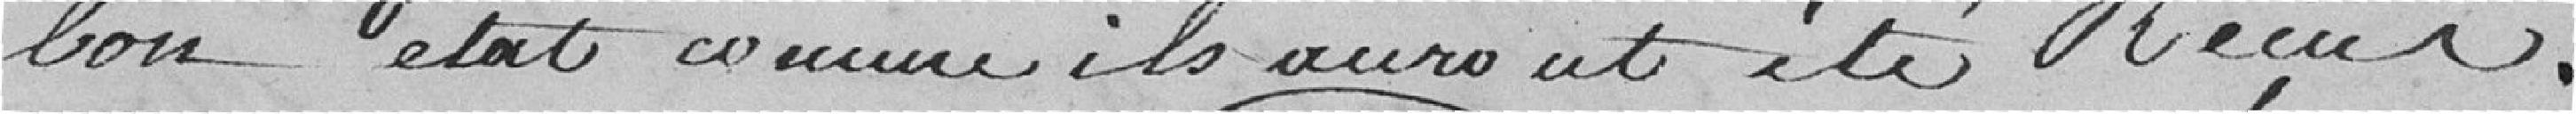
bon état comme ils auront été reçus.